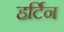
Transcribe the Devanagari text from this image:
हर्टिन